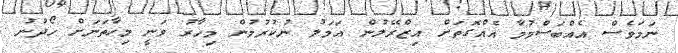
ނަމަވެސް އެއްބަސްވުމާ އެއްގޮތަށް އިޒްރޭލުން އަމަލު ނުކުރުމުން މިހާރު ވަނީ މިހާތަނަށް ހޯދުނު